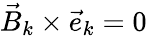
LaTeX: {\vec{B}}_{k}\times{\vec{e}}_{k}=0